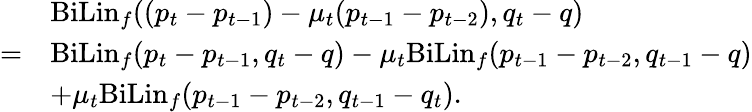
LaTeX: \begin{array}{rl}&{\mathrm{BiLin}_{f}((p_{t}-p_{t-1})-\mu_{t}(p_{t-1}-p_{t-2}),q_{t}-q)}\\ {=}&{\mathrm{BiLin}_{f}(p_{t}-p_{t-1},q_{t}-q)-\mu_{t}\mathrm{BiLin}_{f}(p_{t-1}-p_{t-2},q_{t-1}-q)}\\ &{+\mu_{t}\mathrm{BiLin}_{f}(p_{t-1}-p_{t-2},q_{t-1}-q_{t}).}\end{array}